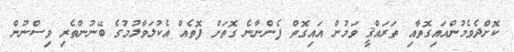
ކޮށްދެވެމުންއައިގޮތާއި ތަރައްޤީ ވަމުން އައިގޮތް ފެންނާނެ ގޮތަށް ފޮތެއް އެކުލަވާލުމުގެ ބޭނުންތެރި ވިސްނުން